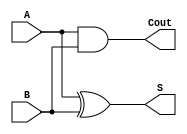
// Code your design here
module half_adder (A , B , S , Cout );
         input A , B; 
         output S , Cout;
         xor ( S , A , B );
  		 and ( Cout , A , B );
          
  endmodule